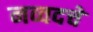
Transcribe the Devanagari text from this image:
नव्वदचे